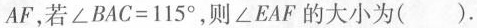
AF，若$$\angle BAC=115^{\circ}$$，则\angle EAF的大小为( )。